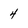
Character: 4